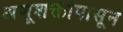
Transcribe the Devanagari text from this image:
अणूशक्तीपासून